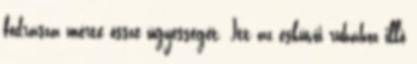
fodrásza mérte össze ügyességét. Itt az esküvői ruhához illő